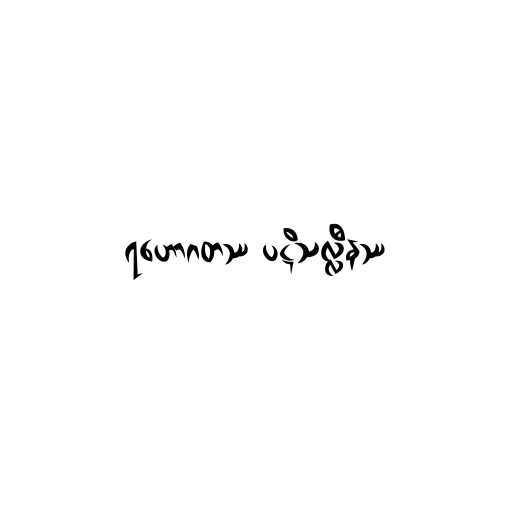
ရဟောဂတဿ ပဋိသလ္လီနဿ